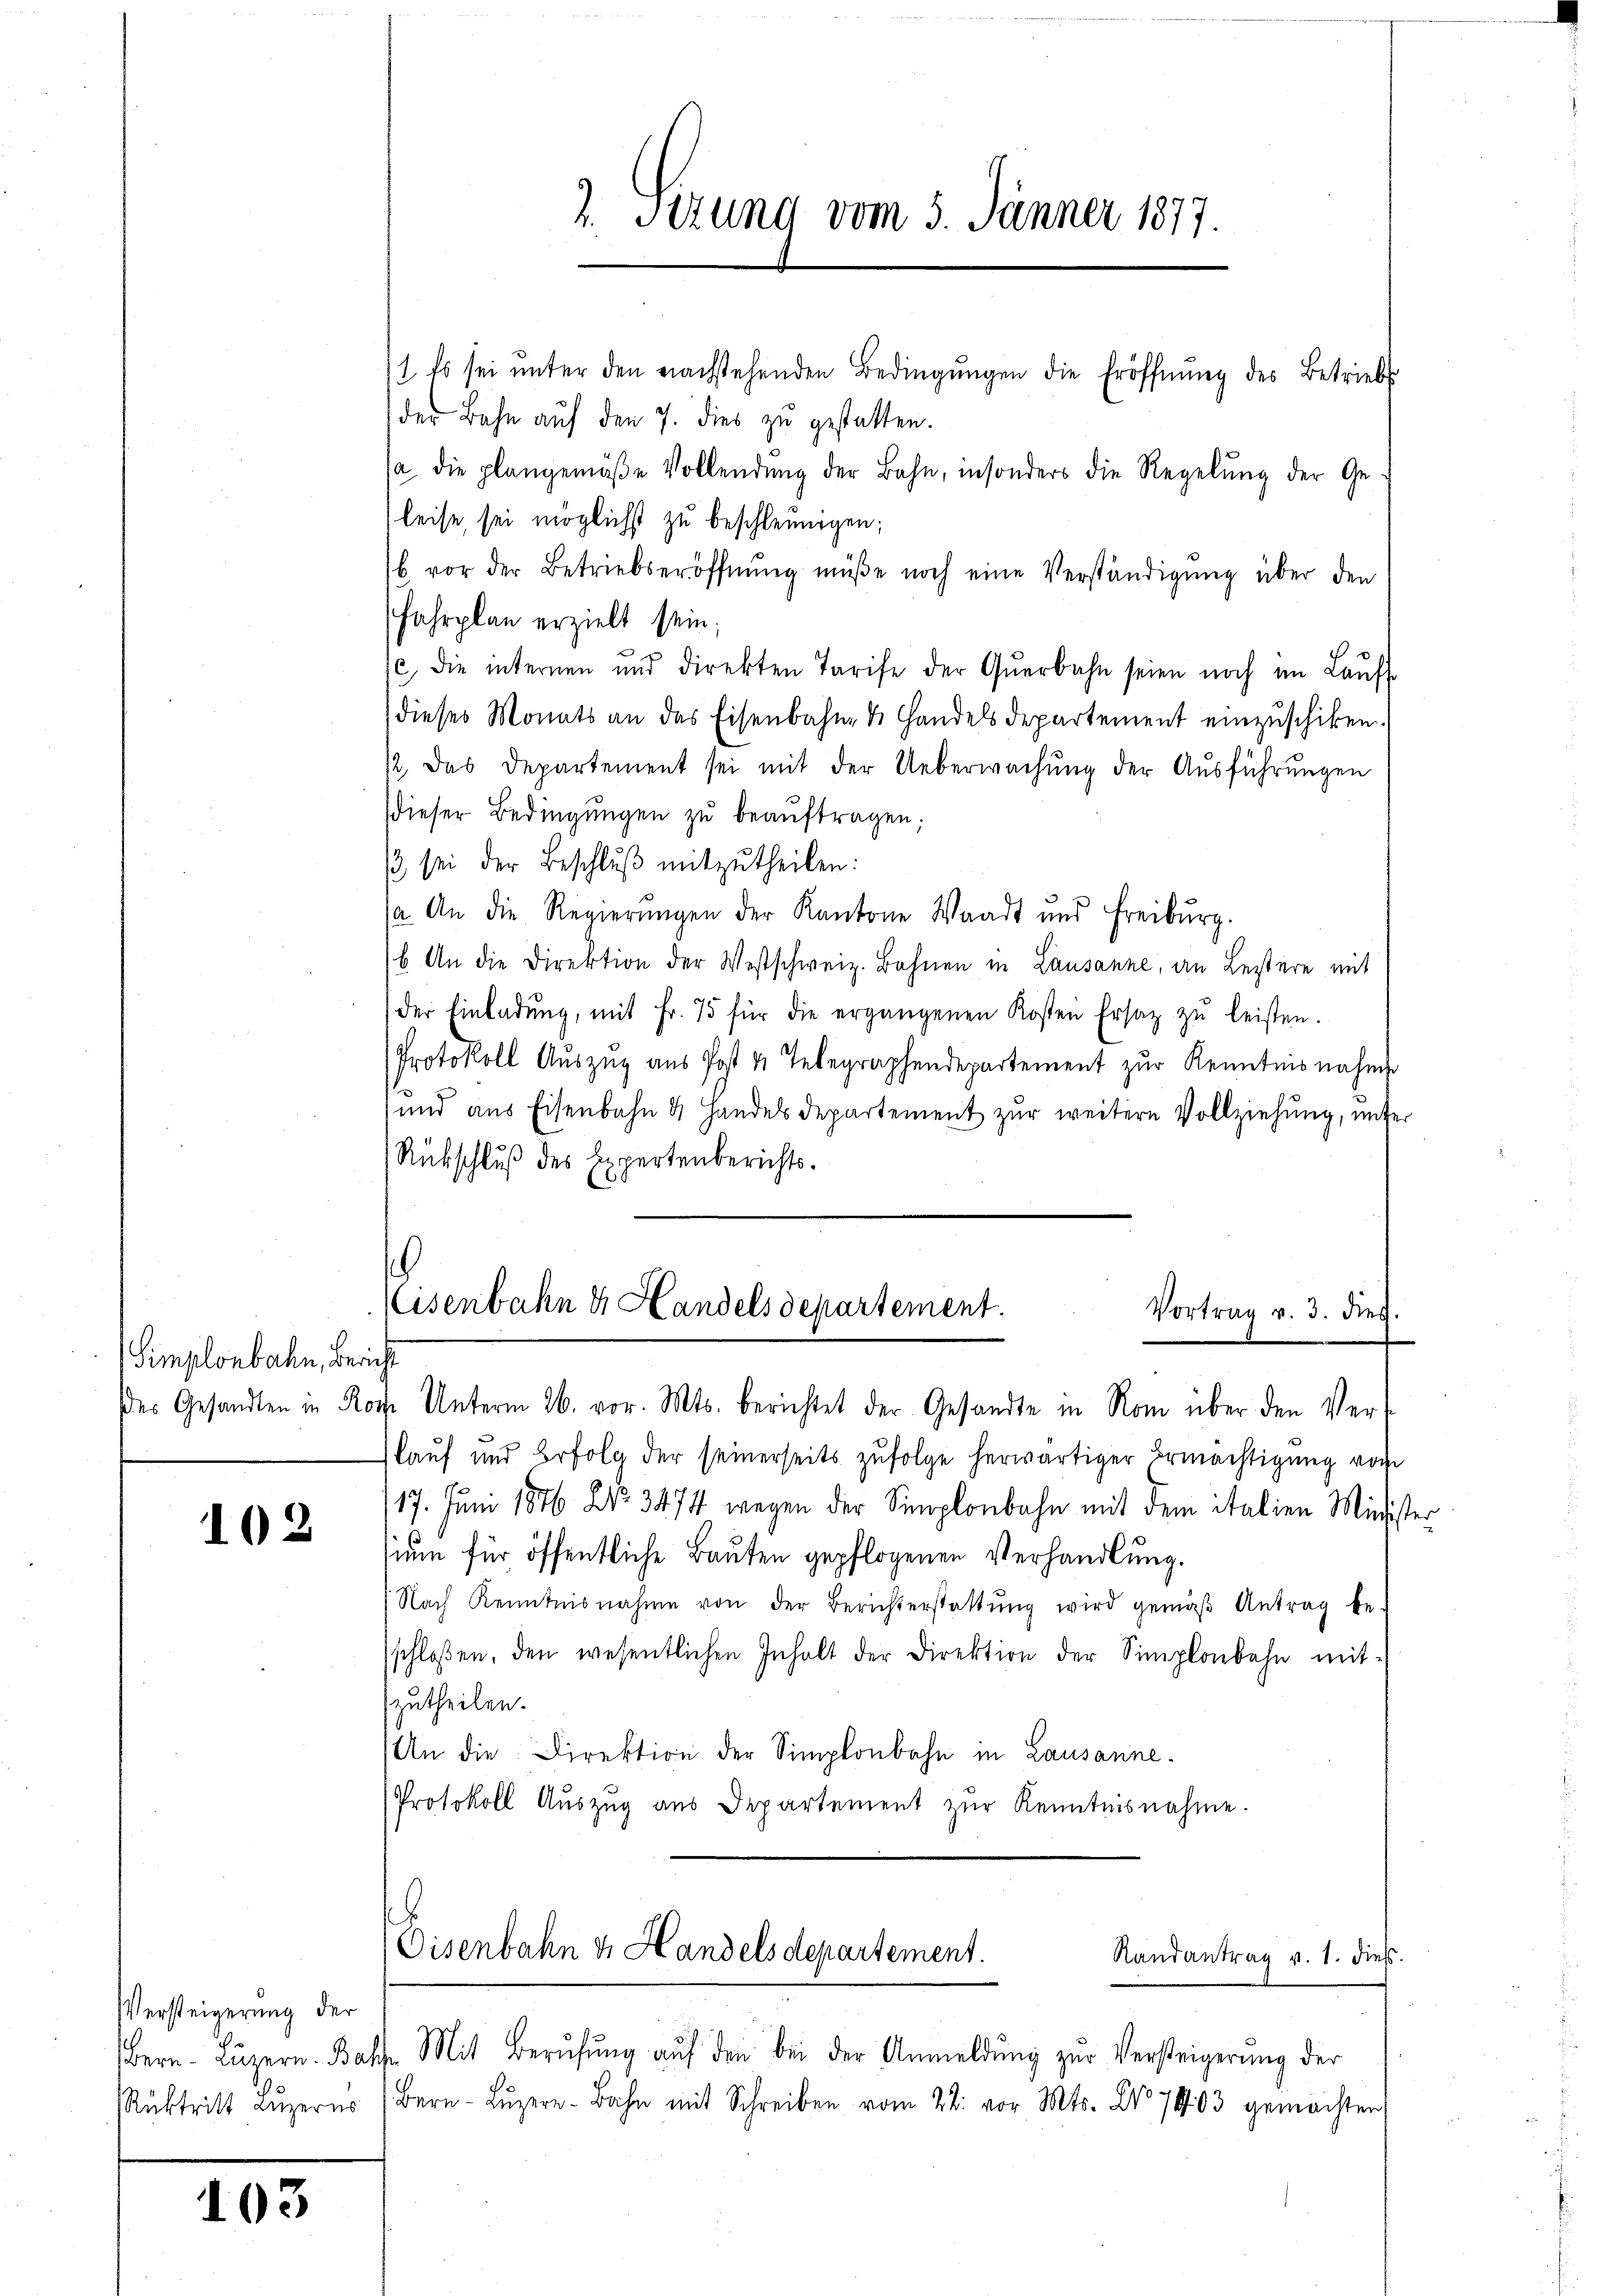
Simplonbahn, Bericht

102

Versteigerung der

103

1 Es sei ŭnter den nachstehenden Bedingŭngen die Eröffnŭng des Betrieb
der Bahn auf den 7. dies zu gestatten.
(a. die plangemäβe Vollendŭng der Bahn, insonders die Regelŭng der Ge-
leise, sei möglichst zu beschleunigen;
b vor der Betriebseröffnŭng müße noch eine Verständigŭng über den
Fahrplan erzielt sein;
se, die internen und direkten Tarife der Qŭerbahn seien noch im Laŭf
dieses Monats an das Eisenbahne de Handels Departement einzuschiken.
/2, das Departement sei mit der Ueberwachung der Ausführungen
dieser Bedingungen zu beaŭftragen;
/3 sei der Beschlŭβ mitzŭtheilen:
(a. An die Regierŭngen der Kantone Waadt und Freiburg.
b. An die Direktion der Westschweiz. Bohnen in Lausanne, an Lestere mit
der Einladŭng, mit Fr. 75 für die ergangenen Kosten Ersatz zŭ leisten.
Protokoll Aŭszŭg aŭs Post u. Telegraphendepartement zŭr Kenntnisnahme
und aus Eisenbahn 4 Handels Departement zur weitere Vollziehung, unter
Rückschluß des Expertenberichtse
Eisenbahn & Handels departement.
Vortrag v. 3. dies

lauf und Erfolg der seinerseits zufolge herwärtiger Ermächtigung vorhe
117. Juni 1876 No 3474 wegen der Simplonbahn mit dem italien Minister
sium für öffentliche Bauten gepflogenen Verhandlung.
(Nach Kenntnisnahme von der Berichterstattŭng wird gemäβ Antrag be-
sschlossen, den wesentlichen Inhalt der Direktion der Simplonbahn mit-
zutheilen.
An die Direktion der Simplonbahn in Lausanne.
Protokoll Auszug aus Departement zŭr Kenntnisnahme.

2. Sizung vom 5. Jänner 1877.

der Gesandten in Rose Unterm 26. vor. Mts. berichtet der Gesandte in Rom über den Vert

.
Eisenbahn & Handelsdepartement.
Randantrag v. 1. dies

Bern-Lŭzern. Basse Mit Berŭfŭng aŭf den bei der Anmeldŭng zŭr Versteigerŭng der
Rüktritt Lŭzern (Bern-Lŭzer-Bahn mit Schreiben vom 22. vor Mts. Dr. 7403 gemachten